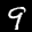
Label: 9